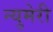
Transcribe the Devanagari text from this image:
न्युमेरी